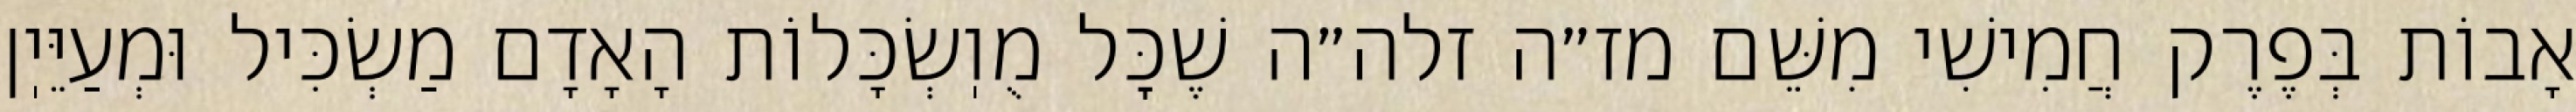
אָבוֹת בְּפֶרֶק חֲמִישִׁי מִשֵּׁם מז״ה זלה״ה שֶׁכׇּל מֻוֽשְׂכָּלוֹת הָאָדָם מַשְׂכִּיל וּמְעַיֵּיֽן